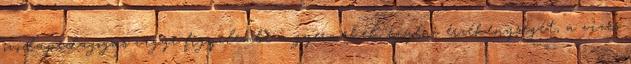
óvodapedagógus vegye figyelembe a gyermekek egyéni érzékenységét, a vizes